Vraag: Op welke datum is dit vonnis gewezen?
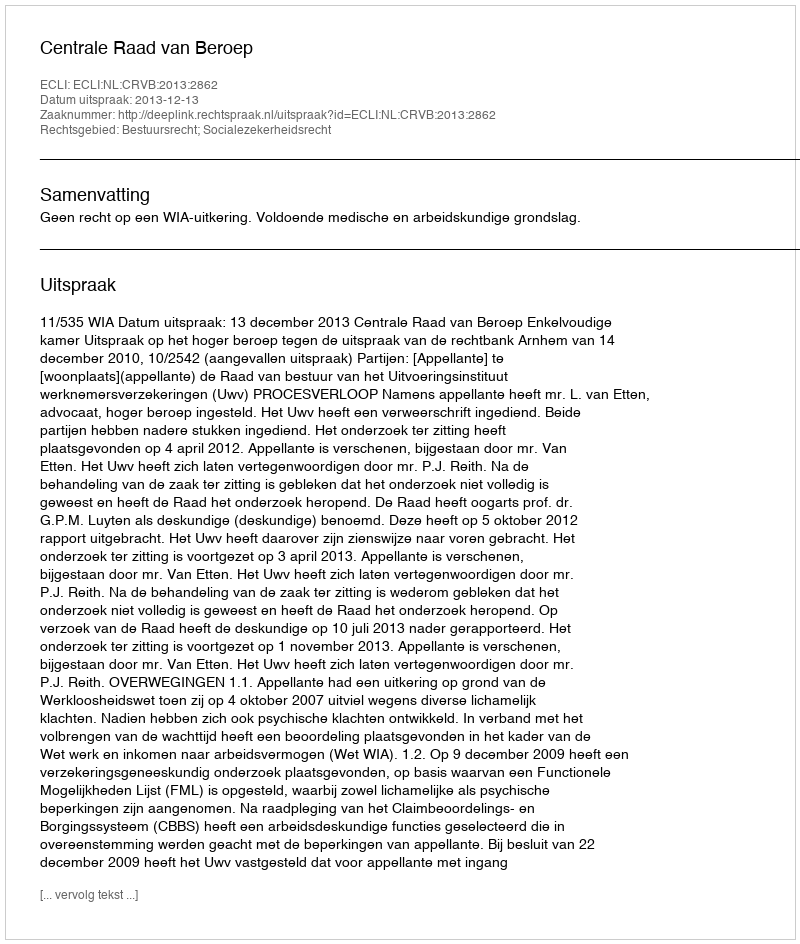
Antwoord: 2013-12-13